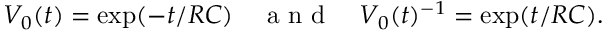
V _ { 0 } ( t ) = \exp ( - t / R C ) \quad \mathrm { ~ a ~ n ~ d ~ } \quad V _ { 0 } ( t ) ^ { - 1 } = \exp ( t / R C ) .